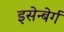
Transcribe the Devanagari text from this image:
इसेन्बेर्ग